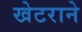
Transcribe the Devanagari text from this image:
खेटराने